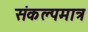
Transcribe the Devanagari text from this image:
संकल्पमात्र